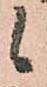
候